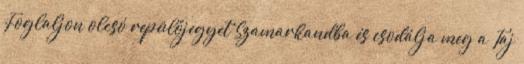
Foglaljon olcsó repülőjegyet Szamarkandba és csodálja meg a Taj